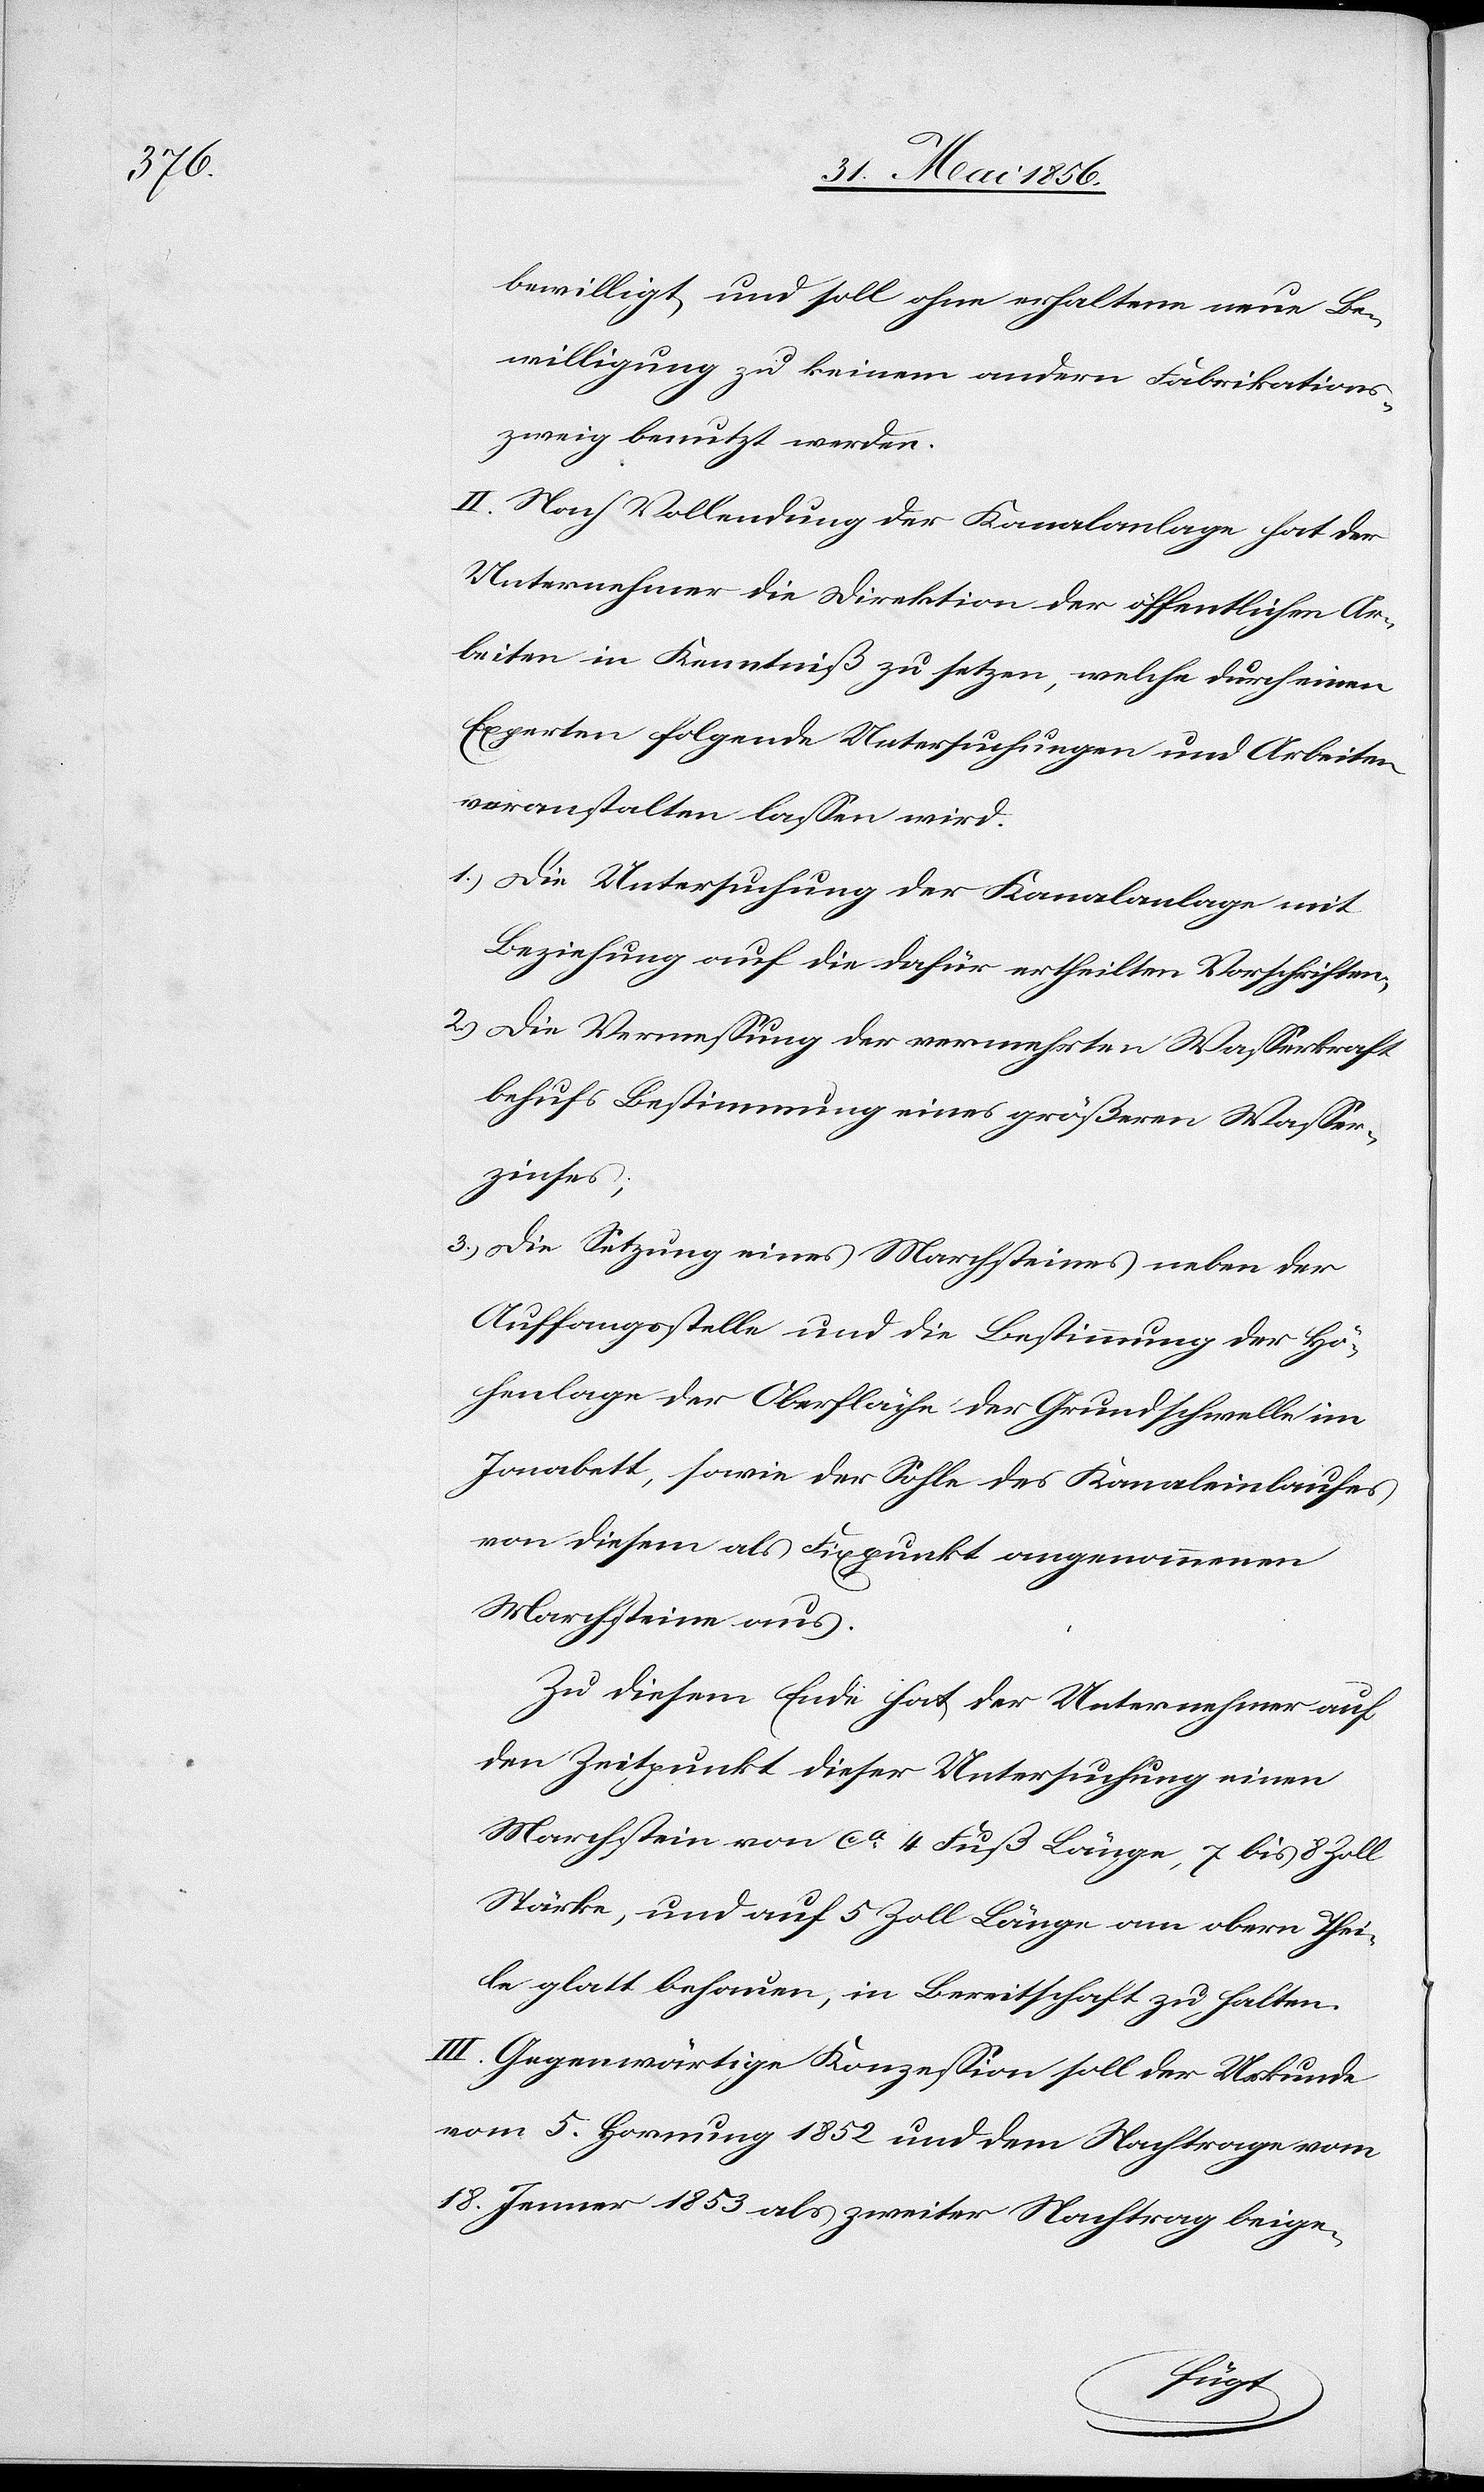
bewilligt, und soll ohne erhaltene neue Be¬
willigung zu keinem andern Fabrikations¬
zweig benutzt werden.
II. Nach Vollendung der Kanalanlage hat der
Unternehmer die Direktion der öffentlichen Ar¬
beiten in Kenntniß zu setzen, welche durch einen
Experten folgende Untersuchungen und Arbeiten
veranstalten lassen wird.
1.) Die Untersuchung der Kanalanlage mit
Beziehung auf die dafür ertheilten Vorschriften;
2.) Die Vermessung der vermehrten Wasserkraft
behufs Bestimmung eines größeren Wasser¬
zinses;
3.) Die Setzung eines Marchsteines neben der
Auffangsstelle und die Bestimmung der Hö¬
henlage der Oberfläche der Grundschwelle im
Jonabett, sowie der Sohle des Kanaleinlaufes
von diesem als Fixpunkt angenommenen
Marchsteine aus.
Zu diesem Ende hat der Unternehmer auf
den Zeitpunkt dieser Untersuchung einen
Marchstein von ca 4 Fuß Länge, 7 bis 8 Zoll
Stärke, und auf 5 Zoll Länge am obern Thei¬
le glatt behauen, in Bereitschaft zu halten.
III. Gegenwärtige Konzession soll der Urkunde
vom 5. Hornung 1852 und dem Nachtrage vom
18. Jenner 1853 als zweiter Nachtrag beige-